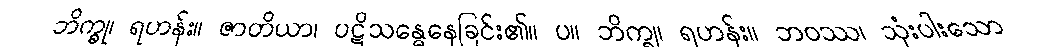
ဘိက္ခု၊ ရဟန်း။ ဇာတိယာ၊ ပဋိသန္ဓေနေခြင်း၏။ ပ။ ဘိက္ခု၊ ရဟန်း။ ဘဝဿ၊ သုံးပါးသော